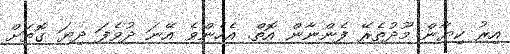
އިރު ކިޔާން މޫދުތެރޭ ފެންނާން އޮތް. އެހެންވެ އޭނަ ދުވެފަ ދިޔަ ގޮތަށް